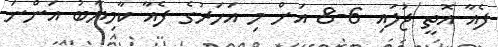
ފެއާ އޮތީ ޖުލައި 6-8 އަށް މި އަހަރުގެ ފެއާ ކާމިޔާބު އަންނަ